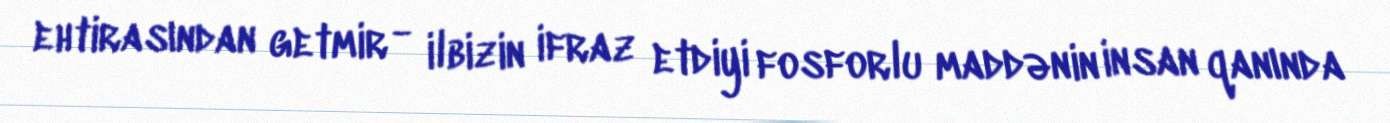
ehtirasından getmir - ilbizin ifraz etdiyi fosforlu maddənin insan qanında